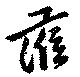
蒞